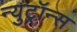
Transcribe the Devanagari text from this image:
न्युट्रॉन्स